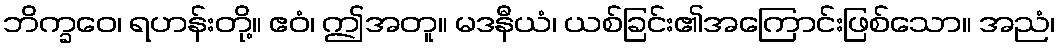
ဘိက္ခဝေ၊ ရဟန်းတို့။ ဧဝံ၊ ဤအတူ။ မဒနီယံ၊ ယစ်ခြင်း၏အကြောင်းဖြစ်သော။ အညံ၊